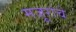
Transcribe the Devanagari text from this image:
मजूरांचे